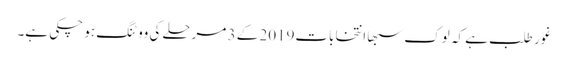
غور طلب ہے کہ لوک سبھا انتخابات2019 کے 3 مرحلے کی ووٹنگ ہو چکی ہے۔